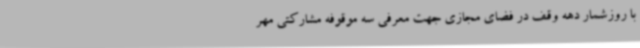
با روزشمار دهه وقف در فضای مجازی جهت معرفی سه موقوفه مشارکتی مهر